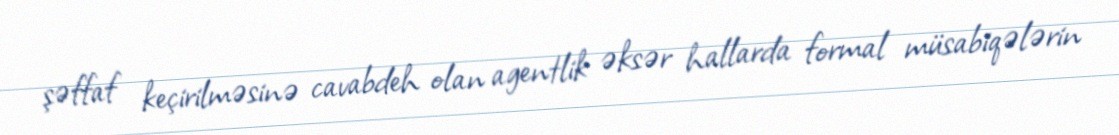
şəffaf keçirilməsinə cavabdeh olan agentlik əksər hallarda formal müsabiqələrin